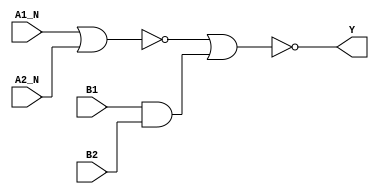
/*
 * Copyright 2020 The SkyWater PDK Authors
 *
 * Licensed under the Apache License, Version 2.0 (the "License");
 * you may not use this file except in compliance with the License.
 * You may obtain a copy of the License at
 *
 *     https://www.apache.org/licenses/LICENSE-2.0
 *
 * Unless required by applicable law or agreed to in writing, software
 * distributed under the License is distributed on an "AS IS" BASIS,
 * WITHOUT WARRANTIES OR CONDITIONS OF ANY KIND, either express or implied.
 * See the License for the specific language governing permissions and
 * limitations under the License.
 *
 * SPDX-License-Identifier: Apache-2.0
*/


`ifndef SKY130_FD_SC_MS__A2BB2OI_FUNCTIONAL_V
`define SKY130_FD_SC_MS__A2BB2OI_FUNCTIONAL_V

/**
 * a2bb2oi: 2-input AND, both inputs inverted, into first input, and
 *          2-input AND into 2nd input of 2-input NOR.
 *
 *          Y = !((!A1 & !A2) | (B1 & B2))
 *
 * Verilog simulation functional model.
 */

`timescale 1ns / 1ps
`default_nettype none

`celldefine
module sky130_fd_sc_ms__a2bb2oi (
    Y   ,
    A1_N,
    A2_N,
    B1  ,
    B2
);

    // Module ports
    output Y   ;
    input  A1_N;
    input  A2_N;
    input  B1  ;
    input  B2  ;

    // Local signals
    wire and0_out  ;
    wire nor0_out  ;
    wire nor1_out_Y;

    //  Name  Output      Other arguments
    and and0 (and0_out  , B1, B2            );
    nor nor0 (nor0_out  , A1_N, A2_N        );
    nor nor1 (nor1_out_Y, nor0_out, and0_out);
    buf buf0 (Y         , nor1_out_Y        );

endmodule
`endcelldefine

`default_nettype wire
`endif  // SKY130_FD_SC_MS__A2BB2OI_FUNCTIONAL_V